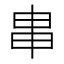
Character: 𤰶